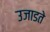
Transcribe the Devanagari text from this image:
उजाडते